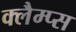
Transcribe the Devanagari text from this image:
क्लैम्प्स